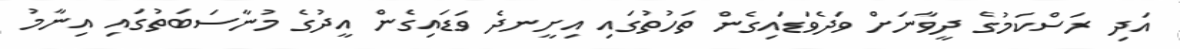
އަދި ރަސްކަމުގެ ދީވާނަށް ވަދެވަޑައިގެން ތަހުތުގައި އިށީނދެ ވަޑައިގެން އީދުގެ މުނާސަބަތުގައި އިނާމު